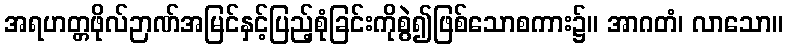
အရဟတ္တဖိုလ်ဉာဏ်အမြင်နှင့်ပြည့်စုံခြင်းကိုစွဲ၍ဖြစ်သောစကား၌။ အာဂတံ၊ လာသော။